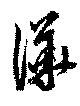
譁